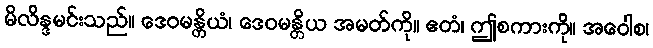
မိလိန္ဒမင်းသည်။ ဒေဝမန္တိယံ၊ ဒေဝမန္တိယ အမတ်ကို။ ဧတံ၊ ဤစကားကို။ အဝေါစ၊